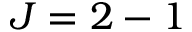
J = 2 - 1